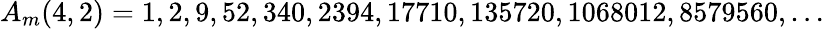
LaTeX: A_{m}(4,2)=1,2,9,52,340,2394,17710,135720,1068012,8579560,\ldots